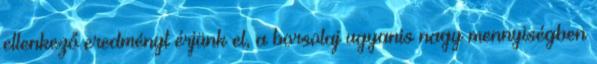
ellenkező eredményt érjünk el, a borsolaj ugyanis nagy mennyiségben